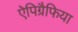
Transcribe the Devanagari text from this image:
ऐपिग्रैफिया